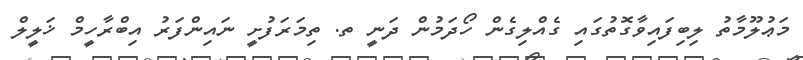
މަޢުލޫމާތު ލިބިފައިވާގޮތުގައި ގެއްލިގެން ހޯދަމުން ދަނީ ތ. ތިމަރަފުށީ ނައިންފަރު އިބްރާހީމް ޚަލީލް